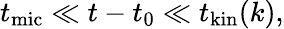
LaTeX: t_{\mathrm{mic}}\ll t-t_{0}\ll t_{\mathrm{kin}}(k),